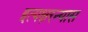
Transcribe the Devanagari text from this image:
इत्यक्षरन्यास